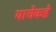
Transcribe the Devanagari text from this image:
याचेकडे